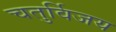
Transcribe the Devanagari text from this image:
चतुर्विजय